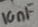
Text: 10nF